Report on sanitation, dispensaries, and jails in Rajputana for 1916, and on vaccination for the year 1916-1917 - 1916-1917
Year: 1916
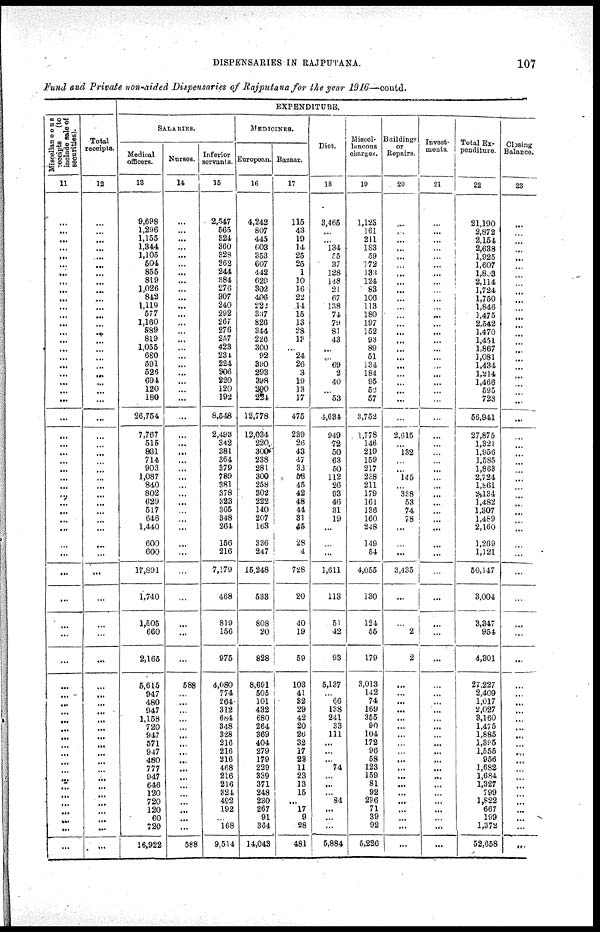
DISPENSARIES IN RAJPUTANA.
107
Fund and Private non-aided Dispensaries of Rajputana for the year 1916—contd.
Miscellaneous
receipts
(to
include sale of
securities).
11
...
...
...
...
...
...
...
...
...
...
...
...
...
...
...
...
...
...
...
...
...
...
...
...
...
...
...
...
...
...
...
...
...
...
...
...
...
...
...
...
...
...
...
...
...
...
...
...
...
...
...
...
...
...
...
...
...
...
...
...
...
Total
receipts.
12
...
...
...
...
...
...
...
...
...
...
...
...
...
...
...
...
...
...
...
...
...
...
...
...
...
...
...
...
...
...
...
...
...
...
...
...
...
...
...
...
...
...
...
...
...
...
...
...
...
...
...
...
...
...
...
...
...
...
...
...
...
EXPENDITURE.
SALARIES.
Medical
officers.
13
9,698
1,296
1,155
1,344
1,105
504
855
819
1,026
842
1,119
577
1,160
589
819
1,055
680
591
526
694
120
180
26,754
7,767
516
881
714
903
1,087
840
802
629
517
646
1,440
600
600
17,891
1,740
1,505
660
2,165
5,615
947
480
947
1,158
720
947
571
947
480
777
947
646
120
720
120
60
720
16,922
Nurses.
14
...
...
...
...
...
...
...
...
...
...
...
...
...
...
...
...
...
...
...
...
...
...
...
...
...
...
...
...
...
...
...
...
...
...
...
...
...
...
...
...
...
...
588
...
...
...
...
...
...
...
...
...
...
...
...
...
...
...
...
...
588
Inferior
servants.
15
2,547
565
824
360
328
262
244
384
276
307
240
292
267
276
257
423
234
224
206
220
120
192
8,548
2,493
342
381
364
379
789
381
378
323
365
348
264
156
216
7,179
468
819
156
975
4,080
774
264
312
684
348
328
216
216
216
468
216
216
324
492
192
...
168
9,514
MEDICINES.
European.
16
4,242
807
445
603
353
607
442
629
302
406
222
337
826
344
226
300
92
390
293
398
390
224
12,778
12,034
220
300
238
281
300
258
302
222
140
207
163
336
247
15,248
533
808
20
828
8,691
505
101
432
680
264
369
404
279
179
229
339
371
248
230
267
91
364
14,043
Bazaar.
17
115
43
19
14
25
25
1
10
16
22
14
15
13
28
13
...
24
26
3
19
13
17
475
239
26
43
47
33
53
45
42
48
44
31
45
28
4
728
20
40
19
59
103
41
32
29
42
20
26
32
17
28
11
23
18
15
...
17
9
28
481
Diet.
18
3,465
...
...
134
55
37
128
148
21
67
138
74
79
81
43
...
...
69
2
40
...
53
4,634
949
72
50
63
50
112
26
93
46
31
19
...
...
...
1,611
113
51
42
93
5,137
...
66
138
241
33
111
...
...
...
74
...
...
...
84
...
...
...
5,884
Miscel¬
laneous
charges.
19
1,123
161
211
183
59
172
133
124
83
106
113
180
197
152
93
89
51
134
184
95
52
57
3,752
1,778
146
219
159
217
238
211
179
161
136
160
248
149
54
4,055
130
124
55
179
3,013
142
74
169
355
90
104
172
96
58
123
159
81
92
286
71
39
92
5,226
Buildings
or
Repairs.
20
...
...
...
...
...
...
...
...
...
...
...
...
...
...
...
...
...
...
...
...
...
...
...
2,615
...
132
...
...
145
...
338
53
74
78
...
...
...
3,435
...
...
2
2
...
...
...
...
...
...
...
...
...
...
...
...
...
...
...
...
...
...
...
Invest-
ments.
21
...
...
...
...
...
...
...
...
...
...
...
...
...
...
...
...
...
...
...
...
...
...
...
...
...
...
...
...
...
...
...
...
...
...
...
...
...
...
...
...
...
...
...
...
...
...
...
...
...
...
...
...
...
...
...
...
...
...
...
...
...
Total Ex-
penditure.
22
21,190
2,872
2,154
2,638
1,925
1,607
1,803
2,114
1,724
1,750
1,846
1,475
2,542
1,470
1,451
1,867
1,081
1,434
1,214
1,466
595
723
56,941
27,875
1,321
1,956
1,585
1,863
2,724
1,861
2,134
1,482
1,307
1,489
2,160
1,269
1,1210
50,147
3,004
3,347
954
4,301
27,227
2,409
1,017
2,027
3,160
1,475
1,885
l,895
1,555
956
1,682
1,684
1,327
799
1,822
667
199
1,372
52,658
Closing
Balance.
23
...
...
...
...
...
...
...
...
...
...
...
...
...
...
...
...
...
...
...
...
...
...
...
...
...
...
...
...
...
...
...
...
...
...
...
...
...
...
...
...
...
...
...
...
...
...
...
...
...
...
...
...
...
...
...
...
...
...
...
...
...